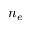
n _ { e }